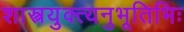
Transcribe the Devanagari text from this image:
शास्त्रयुक्त्यनुभूतिभिः